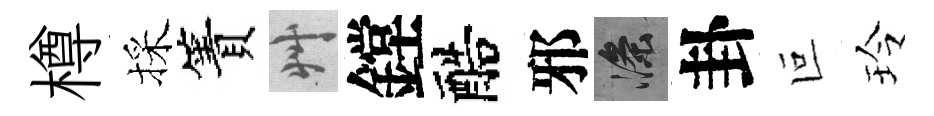
樽採簀艸鏜醅邪滌卦叵玲